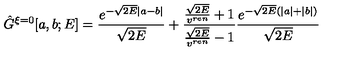
\hat { G } ^ { \xi = 0 } [ a , b ; E ] = \frac { e ^ { - \sqrt { 2 E } | a - b | } } { \sqrt { 2 E } } + \frac { \frac { \sqrt { 2 E } } { v ^ { r e n } } + 1 } { \frac { \sqrt { 2 E } } { v ^ { r e n } } - 1 } \frac { e ^ { - \sqrt { 2 E } ( | a | + | b | ) } } { \sqrt { 2 E } }